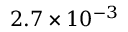
2 . 7 \times 1 0 ^ { - 3 }